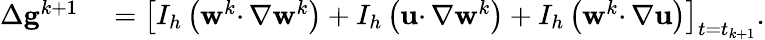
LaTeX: \begin{array}{rl}{\Delta\mathbf{g}^{k+1}}&{{}=\left[I_{h}\left(\mathbf{w}^{k}\cdotp\nabla\mathbf{w}^{k}\right)+I_{h}\left(\mathbf{u}\cdotp\nabla\mathbf{w}^{k}\right)+I_{h}\left(\mathbf{w}^{k}\cdotp\nabla\mathbf{u}\right)\right]_{t=t_{k+1}}.}\end{array}